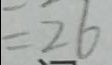
= 2 6